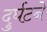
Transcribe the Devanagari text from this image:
दुर्घटने